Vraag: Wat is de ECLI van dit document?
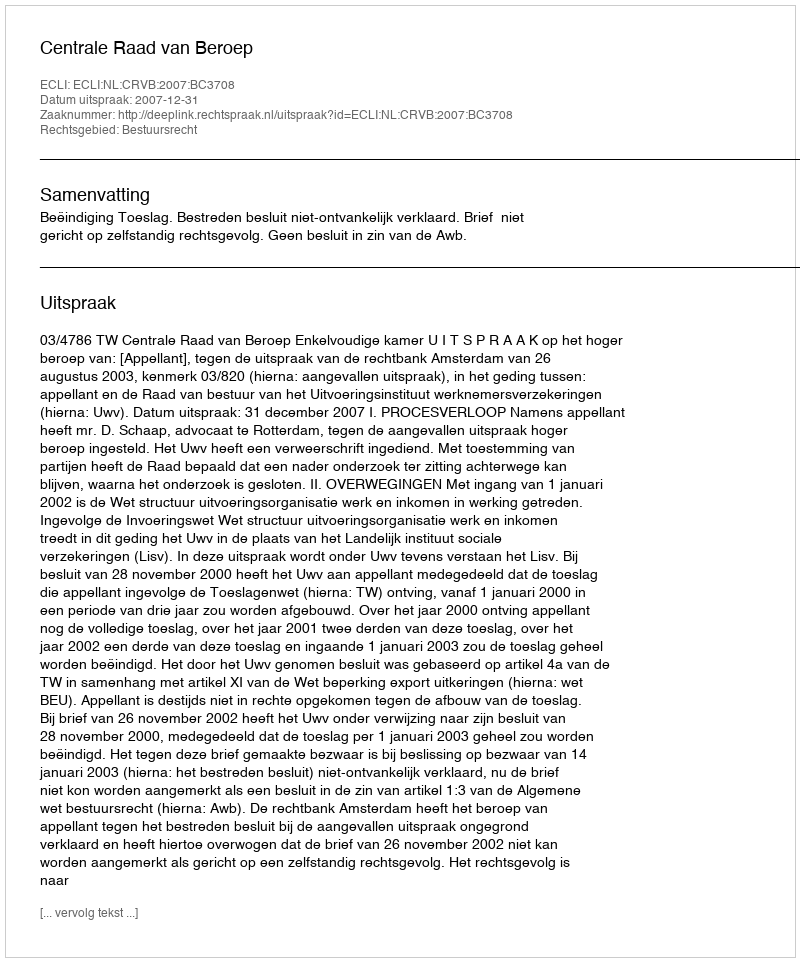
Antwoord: ECLI:NL:CRVB:2007:BC3708